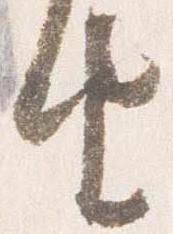
由